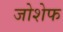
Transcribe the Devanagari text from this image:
जोशेफ